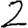
Digit: 2